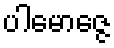
ပါမောဇ္ဇေ